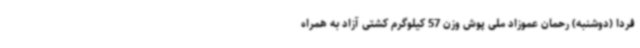
فردا (دوشنبه) رحمان عموزاد ملی پوش وزن 57 کیلوگرم کشتی آزاد به همراه